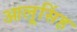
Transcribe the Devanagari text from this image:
आलूसिंह